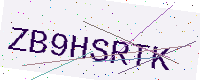
Text: ZB9HSRTK